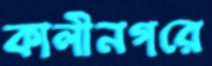
কালীনগরে